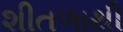
શીતળાથી